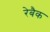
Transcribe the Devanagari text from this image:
रेबैक